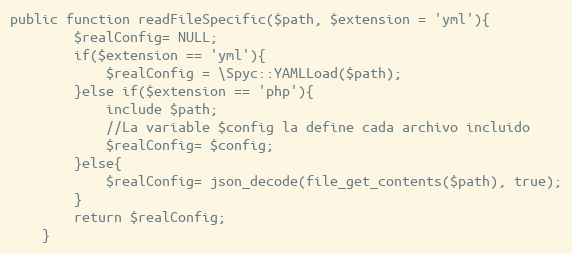
Language: PHP
public function readFileSpecific($path, $extension = 'yml'){
        $realConfig= NULL;
        if($extension == 'yml'){
            $realConfig = \Spyc::YAMLLoad($path);
        }else if($extension == 'php'){
            include $path;
            //La variable $config la define cada archivo incluido
            $realConfig= $config;
        }else{
            $realConfig= json_decode(file_get_contents($path), true);
        }
        return $realConfig;
    }